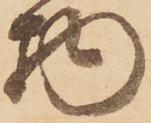
物